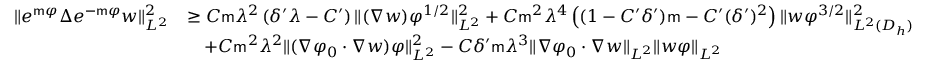
\begin{array} { r l } { \| e ^ { \mathsf { m } \varphi } \Delta e ^ { - \mathsf { m } \varphi } w \| _ { L ^ { 2 } } ^ { 2 } } & { \geq C \mathsf { m } \lambda ^ { 2 } \left( \delta ^ { \prime } \lambda - C ^ { \prime } \right) \| ( \nabla w ) \varphi ^ { 1 / 2 } \| _ { L ^ { 2 } } ^ { 2 } + C \mathsf { m } ^ { 2 } \lambda ^ { 4 } \left( ( 1 - C ^ { \prime } \delta ^ { \prime } ) \mathsf { m } - C ^ { \prime } ( \delta ^ { \prime } ) ^ { 2 } \right) \| w \varphi ^ { 3 / 2 } \| _ { L ^ { 2 } ( D _ { h } ) } ^ { 2 } } \\ & { \quad + C \mathsf { m } ^ { 2 } \lambda ^ { 2 } \| ( \nabla \varphi _ { 0 } \cdot \nabla w ) \varphi \| _ { L ^ { 2 } } ^ { 2 } - C \delta ^ { \prime } \mathsf { m } \lambda ^ { 3 } \| \nabla \varphi _ { 0 } \cdot \nabla w \| _ { L ^ { 2 } } \| w \varphi \| _ { L ^ { 2 } } } \end{array}